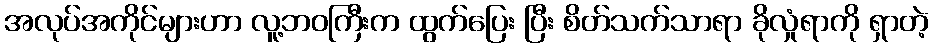
အလုပ်အကိုင်များဟာ လူ့ဘဝကြီးက ထွက်ပြေး ပြီး စိတ်သက်သာရာ ခိုလှုံရာကို ရှာတဲ့